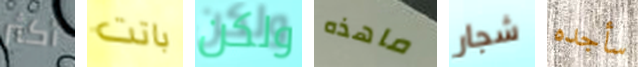
أكثر باتت ولكن ماهذه شجار سأجده